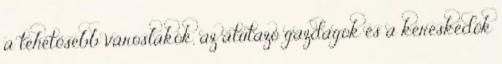
a tehetősebb városlakók, az átutazó gazdagok és a kereskedők